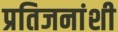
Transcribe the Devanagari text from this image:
प्रतिजनांशी